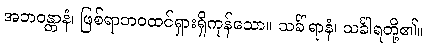
အဘဝန္တာနံ၊ ဖြစ်ရာဘဝထင်ရှားရှိကုန်သော။ သင်္ခါရာနံ၊ သင်္ခါရတို့၏။